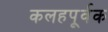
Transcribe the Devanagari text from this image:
कलहपूर्वक